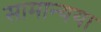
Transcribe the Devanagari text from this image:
सामान्यया